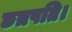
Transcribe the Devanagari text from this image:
छत्रपति।